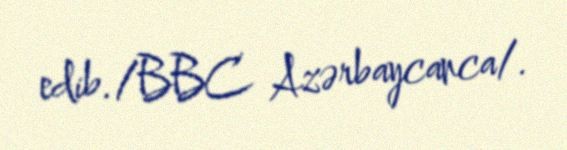
edib./BBC Azərbaycanca/.